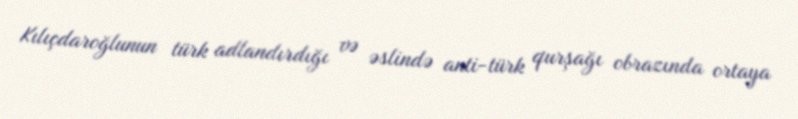
Kılıçdaroğlunun türk adlandırdığı və əslində anti-türk qurşağı obrazında ortaya